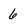
Character: 6